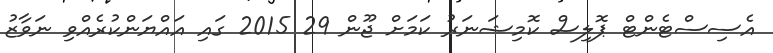
އެސިސްޓެންޓް ޕޮލިސް ކޮމިޝަނަރު ކަމަށް ޖޫން 29 2015 ގައި އައްޔަންކުރެއްވި ނަވާޒު